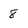
Character: 8